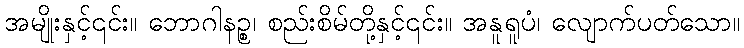
အမျိုးနှင့်၎င်း။ ဘောဂါနဉ္စ၊ စည်းစိမ်တို့နှင့်၎င်း။ အနူရူပံ၊ လျောက်ပတ်သော။